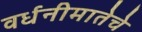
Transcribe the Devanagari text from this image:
वर्धनीमातेचे